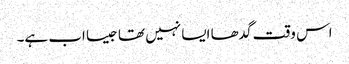
اس وقت گدھا ایسا نہیں تھا جیسا اب ہے۔